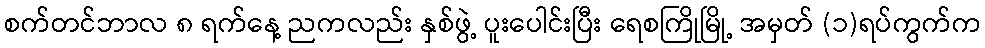
စက်တင်ဘာလ ၈ ရက်နေ့ ညကလည်း နှစ်ဖွဲ့ ပူးပေါင်းပြီး ရေစကြိုမြို့ အမှတ် (၁)ရပ်ကွက်က